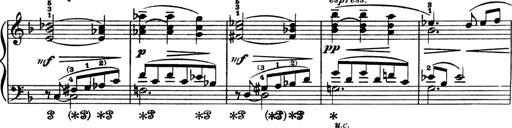
Title: 4 Sonatines
Composer: Max Reger